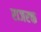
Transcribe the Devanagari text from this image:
राजरक्त